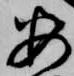
安